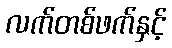
လက်တစ်ဖက်နှင့်